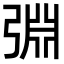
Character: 𢏮